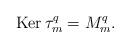
LaTeX: \begin{align*} \mathrm{Ker\,}\tau^q_m=M^q_m.\end{align*}